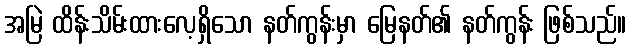
အမြဲ ထိန်းသိမ်းထားလေ့ရှိသော နတ်ကွန်းမှာ မြေနတ်၏ နတ်ကွန်း ဖြစ်သည်။